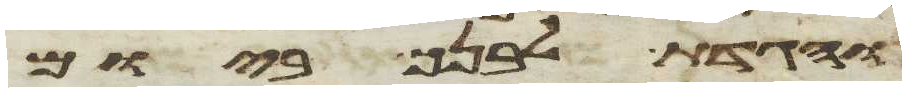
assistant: והגדת לבנך ביום